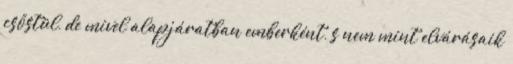
csőstül, de mivel alapjáratban emberként, s nem mint elvárásaik